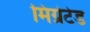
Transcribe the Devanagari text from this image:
मिग्रेटेड